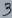
Text: 3